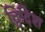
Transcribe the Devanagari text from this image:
द्विदिश